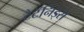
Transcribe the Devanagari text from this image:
टैटॅनिड्स